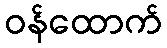
ဝန်ထောက်